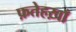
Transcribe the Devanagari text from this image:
फ़तेहख़ाँ